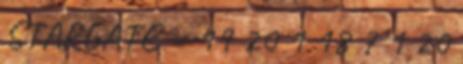
STARGATE = 19 20 1 18 7 1 20